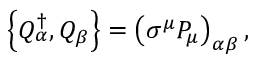
\left\{ Q _ { \alpha } ^ { \dagger } , Q _ { \beta } \right\} = \left( \sigma ^ { \mu } P _ { \mu } \right) _ { \alpha \beta } ,